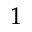
1